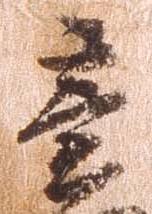
竜